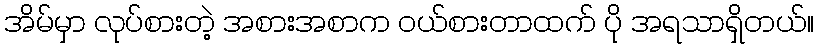
အိမ်မှာ လုပ်စားတဲ့ အစားအစာက ဝယ်စားတာထက် ပို အရသာရှိတယ်။